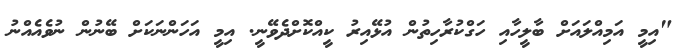
"އިމީ އަމިއްލައަށް ބާލީހާއި ހަގްކުރާހިތުން އުޅޭއިރު ކީއްކޮށްދެވޭނީ. އިމީ އަހަންނަކަށް ބޭނުން ނުވެއެއްނު